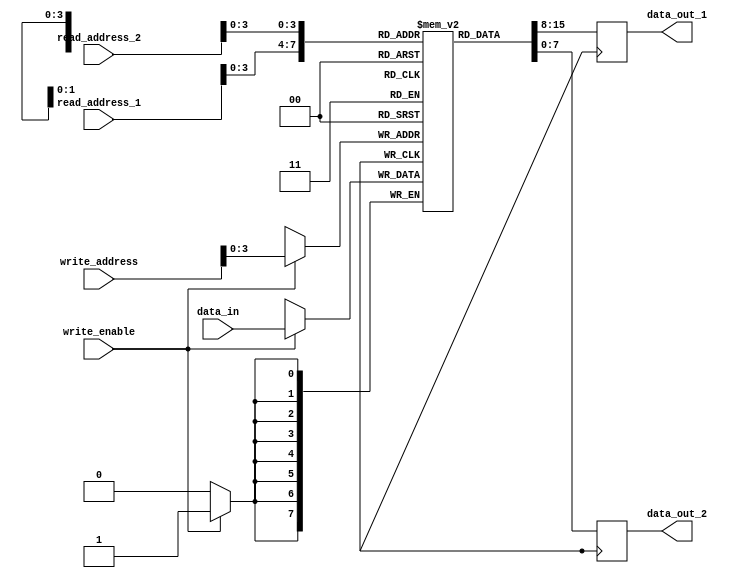
module register_file (
    input [7:0] read_address_1,
    input [7:0] read_address_2,
    input [7:0] write_address,
    input write_enable,
    input [7:0] data_in,
    output reg [7:0] data_out_1,
    output reg [7:0] data_out_2
);

reg [7:0] registers [0:15]; // 16 registers, each storing 8 bits

always @ (posedge clk) begin
    if (write_enable) begin
        registers[write_address] <= data_in;
    end
    
    data_out_1 <= registers[read_address_1];
    data_out_2 <= registers[read_address_2];
end

endmodule